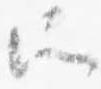
所